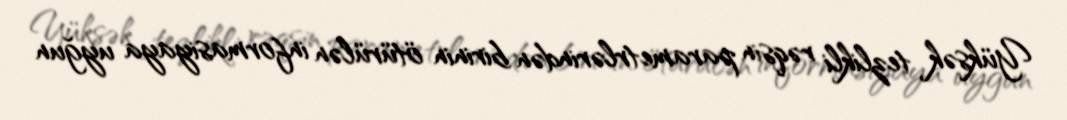
Yüksək tezlikli rəqsin parametrlərindən birinin ötürülən informasiyaya uyğun